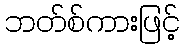
ဘတ်စ်ကားဖြင့်